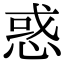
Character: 惑